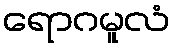
ရောဂမူလံ